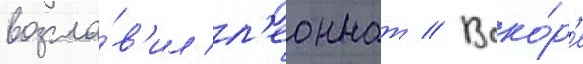
возгла́в'ил л'еоннат // Вско́р'е